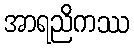
အာရညိကဿ